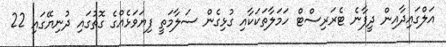
އަލްގައިދާއިން ދީފާނެ ޓެރަރިސްޓް ހަމަލާތަކަކާއި ގުޅިގެން ސަލާމަތީ ފިޔަވަޅެއްގެ ގޮތުގައި ދުނިޔޭގައި 22